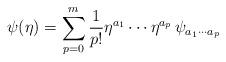
LaTeX: \begin{align*}\psi(\eta)=\sum_{p=0}^{m}\frac{1}{p!}\eta^{a_1}\cdots\eta^{a_p}\,\psi_{a_1\cdots a_p}\end{align*}